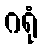
ဂရုံ